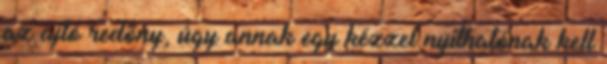
az ajtó redõny, úgy annak egy kézzel nyithatónak kell